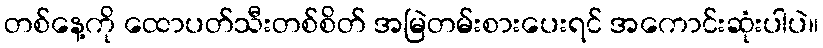
တစ်နေ့ကို ထောပတ်သီးတစ်စိတ် အမြဲတမ်းစားပေးရင် အကောင်းဆုံးပါပဲ။